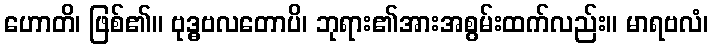
ဟောတိ၊ ဖြစ်၏။ ဗုဒ္ဓဗလတောပိ၊ ဘုရား၏အားအစွမ်းထက်လည်း။ မာရဗလံ၊